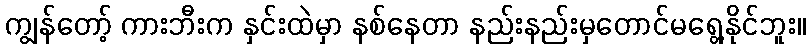
ကျွန်တော့် ကားဘီးက နှင်းထဲမှာ နစ်နေတာ နည်းနည်းမှတောင်မရွေ့နိုင်ဘူး။